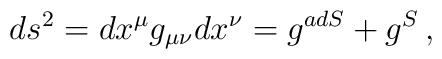
ds^2 = dx^\mu g_{\mu\nu} dx^\nu = g^{adS} + g^{S}\,,